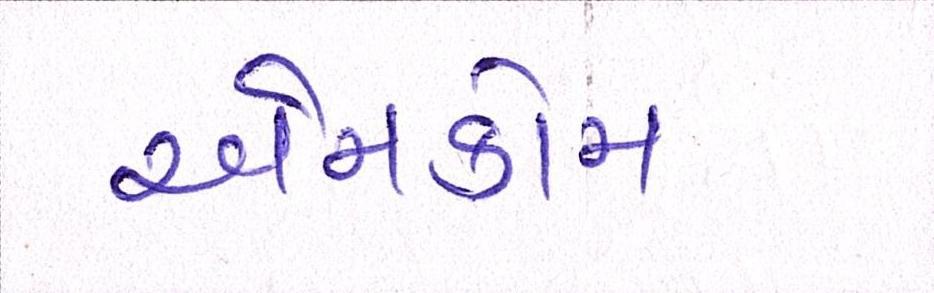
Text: એમકોમ